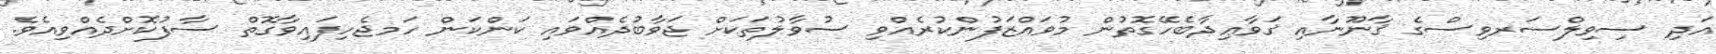
އަދި ސިވިލްސަރވިސްގެ ޤާނޫނާއި ޤަވާޢިދާބެހޭގޮތުން މުވައްޒަފުންކުރެއްވި ސުވާލުތަކަށް ޖަވާބުދެއްވައި ކަންކަން ހަމޖެހިފައިވާގޮތް ސާފުކޮށްދެއްވިއެވެ.